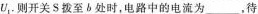
U_{1},则开关S拨至b处时，电路中的电流为___，待